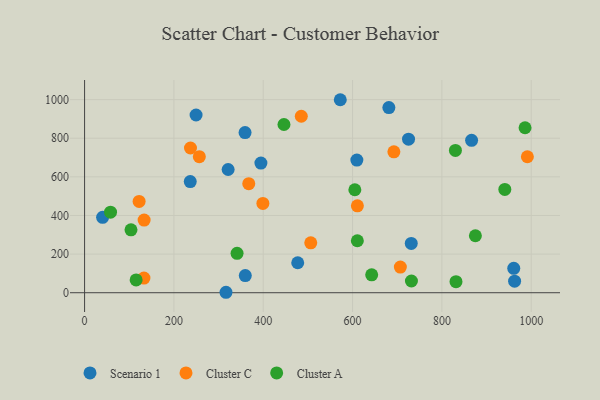
{"axis": {"x": "Price", "y": "Demand"}, "legend": ["Cluster A", "Cluster C", "Scenario 1"], "data": [{"x": "960.9", "y": 126.5, "type": "Scenario 1"}, {"x": "866.5", "y": 788.9, "type": "Scenario 1"}, {"x": "394.8", "y": 671.1, "type": "Scenario 1"}, {"x": "731.4", "y": 255.4, "type": "Scenario 1"}, {"x": "316.6", "y": 2.3, "type": "Scenario 1"}, {"x": "572.5", "y": 999.4, "type": "Scenario 1"}, {"x": "40.4", "y": 390.5, "type": "Scenario 1"}, {"x": "236.6", "y": 575.3, "type": "Scenario 1"}, {"x": "477.2", "y": 155.3, "type": "Scenario 1"}, {"x": "249.6", "y": 920.3, "type": "Scenario 1"}, {"x": "609.6", "y": 686.8, "type": "Scenario 1"}, {"x": "681.3", "y": 958.7, "type": "Scenario 1"}, {"x": "321.4", "y": 638.0, "type": "Scenario 1"}, {"x": "359.3", "y": 829.1, "type": "Scenario 1"}, {"x": "359.8", "y": 88.6, "type": "Scenario 1"}, {"x": "725.3", "y": 795.3, "type": "Scenario 1"}, {"x": "962.8", "y": 59.8, "type": "Scenario 1"}, {"x": "399.2", "y": 462.3, "type": "Cluster C"}, {"x": "610.8", "y": 450.2, "type": "Cluster C"}, {"x": "122.1", "y": 472.9, "type": "Cluster C"}, {"x": "506.4", "y": 258.5, "type": "Cluster C"}, {"x": "256.9", "y": 704.3, "type": "Cluster C"}, {"x": "692.5", "y": 729.6, "type": "Cluster C"}, {"x": "237.1", "y": 749.3, "type": "Cluster C"}, {"x": "707.0", "y": 132.6, "type": "Cluster C"}, {"x": "132.9", "y": 75.8, "type": "Cluster C"}, {"x": "367.6", "y": 564.9, "type": "Cluster C"}, {"x": "133.3", "y": 376.3, "type": "Cluster C"}, {"x": "991.4", "y": 704.2, "type": "Cluster C"}, {"x": "485.2", "y": 913.7, "type": "Cluster C"}, {"x": "940.9", "y": 534.7, "type": "Cluster A"}, {"x": "831.6", "y": 57.1, "type": "Cluster A"}, {"x": "731.8", "y": 60.7, "type": "Cluster A"}, {"x": "115.4", "y": 66.3, "type": "Cluster A"}, {"x": "446.4", "y": 871.2, "type": "Cluster A"}, {"x": "875.0", "y": 295.0, "type": "Cluster A"}, {"x": "605.1", "y": 533.2, "type": "Cluster A"}, {"x": "642.8", "y": 92.7, "type": "Cluster A"}, {"x": "341.4", "y": 204.1, "type": "Cluster A"}, {"x": "830.3", "y": 737.1, "type": "Cluster A"}, {"x": "610.7", "y": 269.1, "type": "Cluster A"}, {"x": "103.9", "y": 325.7, "type": "Cluster A"}, {"x": "986.2", "y": 854.2, "type": "Cluster A"}, {"x": "58.1", "y": 417.3, "type": "Cluster A"}]}